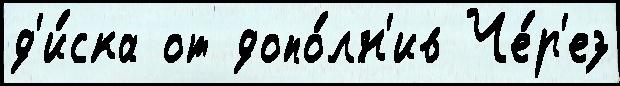
д'и́ска от допо́лн'ив Че́р'ез